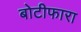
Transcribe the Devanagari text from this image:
बोटीफारा